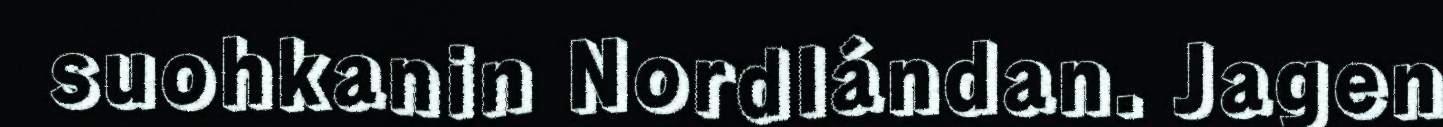
suohkanin Nordlándan. Jagen